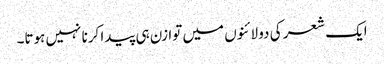
ایک شعر کی دو لائنوں میں توازن ہی پیدا کرنا نہیں ہوتا۔